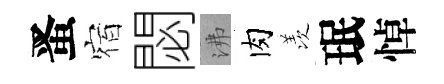
󱉠宿閟沸肉羡珉悼